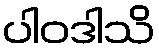
ပါဝဒါသိ